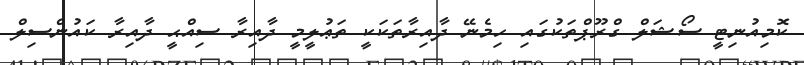
ކޮމިއުނިޓީ ސޯޝަލް ގްރޫޕްތަކުގައި ހިމެނޭ ދާއިރާތަކަކީ ތަޢުލީމީ ދާއިރާ ސިއްޙީ ދާއިރާ ކައުންސިލް